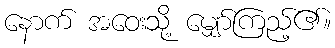
နောက် အဝေးသို့ မျှော်ကြည့်၏။